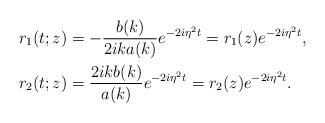
LaTeX: \begin{align*}&r_1(t;z)=-\frac{b(k)}{2ik a(k)}e^{-2i\eta^2 t} = r_{1 }( z)e^{-2i\eta^2 t}, \\& r_2(t;z)=\frac{2ikb(k)}{a(k)}e^{-2i\eta^2 t}= r_{2 }( z)e^{-2i\eta^2 t}. \end{align*}